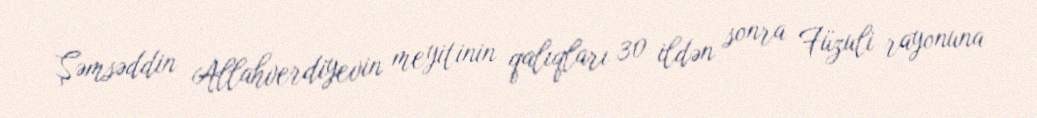
Şəmsəddin Allahverdiyevin meyitinin qalıqları 30 ildən sonra Füzuli rayonuna